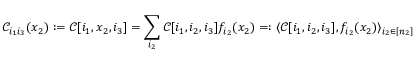
\mathcal { C } _ { i _ { 1 } i _ { 3 } } ( x _ { 2 } ) : = \mathcal { C } [ i _ { 1 } , x _ { 2 } , i _ { 3 } ] = \sum _ { i _ { 2 } } \mathcal { C } [ i _ { 1 } , i _ { 2 } , i _ { 3 } ] f _ { i _ { 2 } } ( x _ { 2 } ) = : \langle \mathcal { C } [ i _ { 1 } , i _ { 2 } , i _ { 3 } ] , f _ { i _ { 2 } } ( x _ { 2 } ) \rangle _ { i _ { 2 } \in [ n _ { 2 } ] }